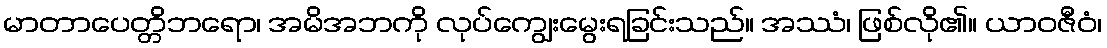
မာတာပေတ္တိဘရော၊ အမိအဘကို လုပ်ကျွေးမွေးရခြင်းသည်။ အဿံ၊ ဖြစ်လို၏။ ယာဝဇီဝံ၊